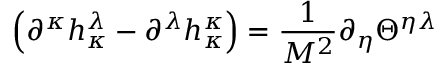
\left( \partial ^ { \kappa } h _ { \kappa } ^ { \lambda } - \partial ^ { \lambda } h _ { \kappa } ^ { \kappa } \right) = \frac { 1 } { M ^ { 2 } } \partial _ { \eta } \Theta ^ { \eta \lambda } \,